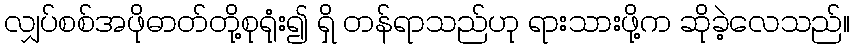
လျှပ်စစ်အဖိုဓာတ်တို့စုရုံး၍ ရှိ တန်ရာသည်ဟု ရားသားဖို့က ဆိုခဲ့လေသည်။